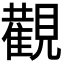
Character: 𮗚